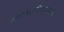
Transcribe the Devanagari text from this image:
कृषिमहाविद्यालयात